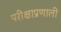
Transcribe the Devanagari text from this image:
परीक्षाप्रणाली